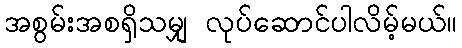
အစွမ်းအစရှိသမျှ လုပ်ဆောင်ပါလိမ့်မယ်။